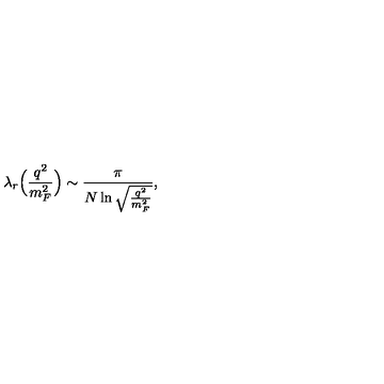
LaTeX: \lambda _ { r } \Bigl ( \frac { q ^ { 2 } } { m _ { F } ^ { 2 } } \Bigr ) \sim \frac { \pi } { N \ln \sqrt { \frac { q ^ { 2 } } { m _ { F } ^ { 2 } } } } ,